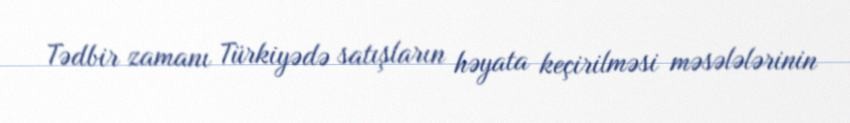
Tədbir zamanı Türkiyədə satışların həyata keçirilməsi məsələlərinin